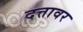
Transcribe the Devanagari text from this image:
दत्तावर